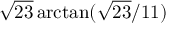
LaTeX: { \sqrt { 2 3 } } \arctan ( { { \sqrt { 2 3 } } / 1 1 } )